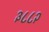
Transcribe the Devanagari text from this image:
३८८२